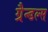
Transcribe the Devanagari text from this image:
ग्रैन्डल्स